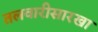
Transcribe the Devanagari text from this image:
तलवारीसारखा